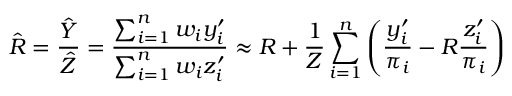
{ \hat { R } } = { \frac { \hat { Y } } { \hat { Z } } } = { \frac { \sum _ { i = 1 } ^ { n } w _ { i } y _ { i } ^ { \prime } } { \sum _ { i = 1 } ^ { n } w _ { i } z _ { i } ^ { \prime } } } \approx R + { \frac { 1 } { Z } } \sum _ { i = 1 } ^ { n } \left( { \frac { y _ { i } ^ { \prime } } { \pi _ { i } } } - R { \frac { z _ { i } ^ { \prime } } { \pi _ { i } } } \right)